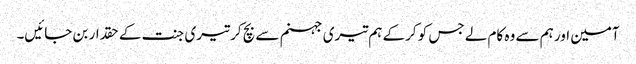
آمین اور ہم سے وہ کام لے جس کو کرکے ہم تیری جہنم سے بچ کر تیری جنت کے حقدار بن جائیں۔